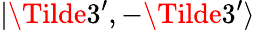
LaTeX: |\Tilde{3^{\prime}},-\Tilde{3^{\prime}}\rangle